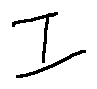
I